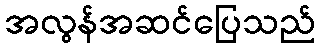
အလွန်အဆင်ပြေသည်